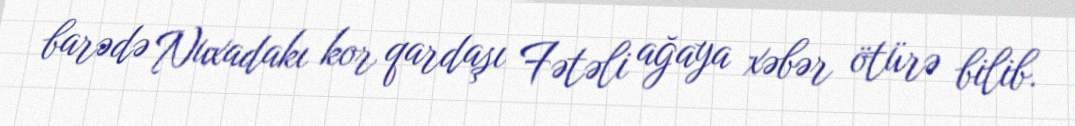
barədə Nuxadakı kor qardaşı Fətəli ağaya xəbər ötürə bilib.